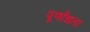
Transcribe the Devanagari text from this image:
पूर्णांधता